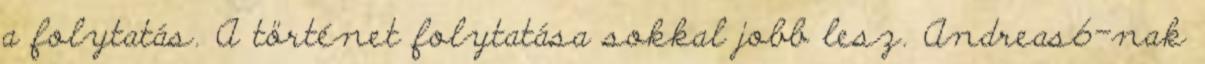
a folytatás. A történet folytatása sokkal jobb lesz. Andreas6-nak